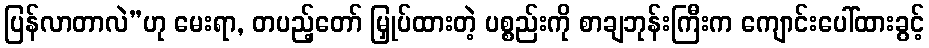
ပြန်လာတာလဲ”ဟု မေးရာ, တပည့်တော် မြှုပ်ထားတဲ့ ပစ္စည်းကို စာချဘုန်းကြီးက ကျောင်းပေါ်ထားခွင့်